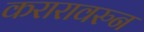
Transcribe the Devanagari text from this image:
करारावरुन